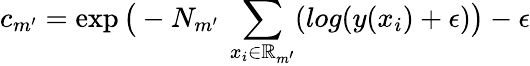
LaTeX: c_{m^{\prime}}=\exp\big(-N_{m^{\prime}}\: \sum_{x_{i}\in\mathbb{R}_{m^{\prime}}}(log(y(x_{i})+\epsilon)\big)-\epsilon